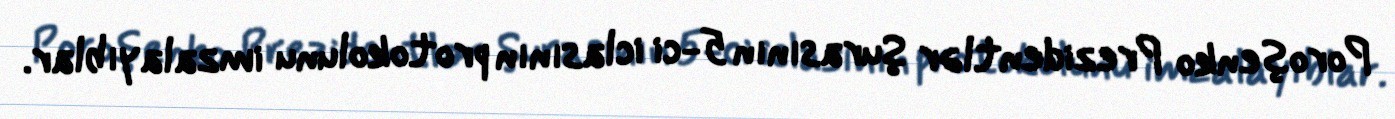
Poroşenko Prezidentlər Şurasının 5-ci iclasının protokolunu imzalayıblar.